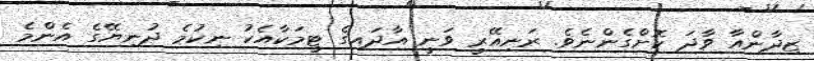
ޒިދާންއާ ވާދަ ކޮށްގެންނެވެ. ރަނިއޭރީ ވަނީ އާދައިގެ ޓީމަކާއެކު ނިކުމެ ދުނިޔޭގެ އެންމެ